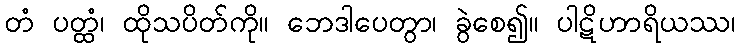
တံ ပတ္ထံ၊ ထိုသပိတ်ကို။ ဘေဒါပေတွာ၊ ခွဲစေ၍။ ပါဋိဟာရိယဿ၊